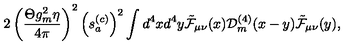
2 \left( \frac { \Theta g _ { m } ^ { 2 } \eta } { 4 \pi } \right) ^ { 2 } \left( s _ { a } ^ { ( c ) } \right) ^ { 2 } \int d ^ { 4 } x d ^ { 4 } y \tilde { \cal F } _ { \mu \nu } ( x ) { \cal D } _ { m } ^ { ( 4 ) } ( x - y ) \tilde { \cal F } _ { \mu \nu } ( y ) ,